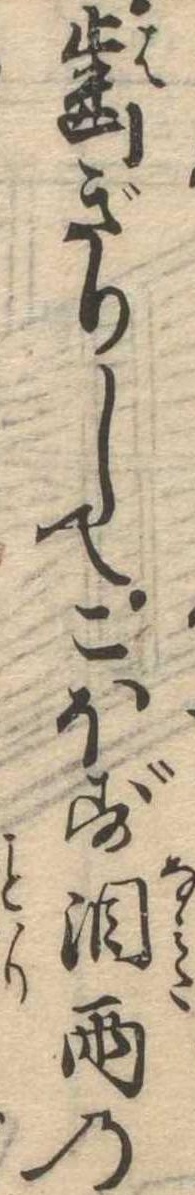
歯ぎりしてこほす涙雨の